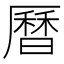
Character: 曆